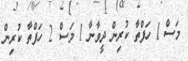
މަސް 1 ހަފްތާ ކުރިން ދީވާނާ 1 މަސް 2 ހަފްތާ ކުރިން